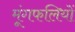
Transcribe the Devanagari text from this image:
मूंगफलियों